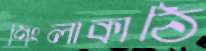
পিংলাকাঠি